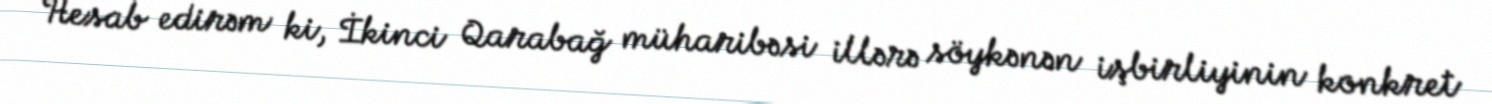
Hesab edirəm ki, İkinci Qarabağ müharibəsi illərə söykənən işbirliyinin konkret